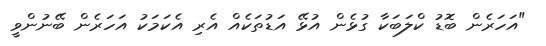
"އަހަރެން ބޮޑު ކްލަބަކާ ގުޅެން އުޅޭ އަޑުތަކެއް އެރި އެކަމަކު އަހަރެން ބޭނުންވީ